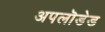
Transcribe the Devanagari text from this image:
अपलॊडेड